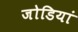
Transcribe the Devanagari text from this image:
जोडियां